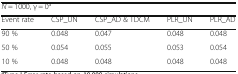
| <COLSPAN=5> N = 1000, γ = 0a |
 | Event rate | CSP_UN | CSP_AD & TDCM | PLR_UN | PLR_AD |
 | --- | --- | --- | --- | --- |
 | 90 % | 0.048 | 0.047 | 0.048 | 0.048 |
 | 50 % | 0.054 | 0.055 | 0.053 | 0.054 |
 | 10 % | 0.048 | 0.048 | 0.048 | 0.048 |